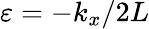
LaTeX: \varepsilon=-k_{x}/2L